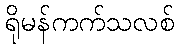
ရိုမန်ကက်သလစ်